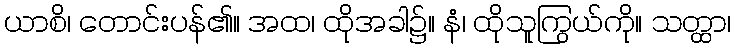
ယာစိ၊ တောင်းပန်၏။ အထ၊ ထိုအခါ၌။ နံ၊ ထိုသူကြွယ်ကို။ သတ္ထာ၊